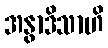
အနွာဒိသာဟိ